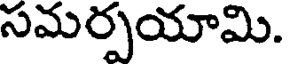
సమర్పయామి.